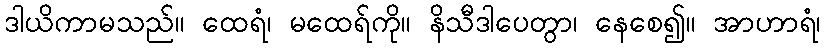
ဒါယိကာမသည်။ ထေရံ၊ မထေရ်ကို။ နိသီဒါပေတွာ၊ နေစေ၍။ အာဟာရံ၊